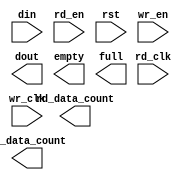
module fifo_xlnx_64x36_2clk(
	din,
	rd_clk,
	rd_en,
	rst,
	wr_clk,
	wr_en,
	dout,
	empty,
	full,
	rd_data_count,
	wr_data_count);


input [35 : 0] din;
input rd_clk;
input rd_en;
input rst;
input wr_clk;
input wr_en;
output [35 : 0] dout;
output empty;
output full;
output [6 : 0] rd_data_count;
output [6 : 0] wr_data_count;

// synthesis translate_off

      FIFO_GENERATOR_V4_3 #(
		.C_COMMON_CLOCK(0),
		.C_COUNT_TYPE(0),
		.C_DATA_COUNT_WIDTH(7),
		.C_DEFAULT_VALUE("BlankString"),
		.C_DIN_WIDTH(36),
		.C_DOUT_RST_VAL("0"),
		.C_DOUT_WIDTH(36),
		.C_ENABLE_RLOCS(0),
		.C_FAMILY("spartan3"),
		.C_FULL_FLAGS_RST_VAL(1),
		.C_HAS_ALMOST_EMPTY(0),
		.C_HAS_ALMOST_FULL(0),
		.C_HAS_BACKUP(0),
		.C_HAS_DATA_COUNT(0),
		.C_HAS_INT_CLK(0),
		.C_HAS_MEMINIT_FILE(0),
		.C_HAS_OVERFLOW(0),
		.C_HAS_RD_DATA_COUNT(1),
		.C_HAS_RD_RST(0),
		.C_HAS_RST(1),
		.C_HAS_SRST(0),
		.C_HAS_UNDERFLOW(0),
		.C_HAS_VALID(0),
		.C_HAS_WR_ACK(0),
		.C_HAS_WR_DATA_COUNT(1),
		.C_HAS_WR_RST(0),
		.C_IMPLEMENTATION_TYPE(2),
		.C_INIT_WR_PNTR_VAL(0),
		.C_MEMORY_TYPE(2),
		.C_MIF_FILE_NAME("BlankString"),
		.C_MSGON_VAL(1),
		.C_OPTIMIZATION_MODE(0),
		.C_OVERFLOW_LOW(0),
		.C_PRELOAD_LATENCY(0),
		.C_PRELOAD_REGS(1),
		.C_PRIM_FIFO_TYPE("512x36"),
		.C_PROG_EMPTY_THRESH_ASSERT_VAL(4),
		.C_PROG_EMPTY_THRESH_NEGATE_VAL(5),
		.C_PROG_EMPTY_TYPE(0),
		.C_PROG_FULL_THRESH_ASSERT_VAL(63),
		.C_PROG_FULL_THRESH_NEGATE_VAL(62),
		.C_PROG_FULL_TYPE(0),
		.C_RD_DATA_COUNT_WIDTH(7),
		.C_RD_DEPTH(64),
		.C_RD_FREQ(1),
		.C_RD_PNTR_WIDTH(6),
		.C_UNDERFLOW_LOW(0),
		.C_USE_DOUT_RST(1),
		.C_USE_ECC(0),
		.C_USE_EMBEDDED_REG(0),
		.C_USE_FIFO16_FLAGS(0),
		.C_USE_FWFT_DATA_COUNT(1),
		.C_VALID_LOW(0),
		.C_WR_ACK_LOW(0),
		.C_WR_DATA_COUNT_WIDTH(7),
		.C_WR_DEPTH(64),
		.C_WR_FREQ(1),
		.C_WR_PNTR_WIDTH(6),
		.C_WR_RESPONSE_LATENCY(1))
	inst (
		.DIN(din),
		.RD_CLK(rd_clk),
		.RD_EN(rd_en),
		.RST(rst),
		.WR_CLK(wr_clk),
		.WR_EN(wr_en),
		.DOUT(dout),
		.EMPTY(empty),
		.FULL(full),
		.RD_DATA_COUNT(rd_data_count),
		.WR_DATA_COUNT(wr_data_count),
		.CLK(),
		.INT_CLK(),
		.BACKUP(),
		.BACKUP_MARKER(),
		.PROG_EMPTY_THRESH(),
		.PROG_EMPTY_THRESH_ASSERT(),
		.PROG_EMPTY_THRESH_NEGATE(),
		.PROG_FULL_THRESH(),
		.PROG_FULL_THRESH_ASSERT(),
		.PROG_FULL_THRESH_NEGATE(),
		.RD_RST(),
		.SRST(),
		.WR_RST(),
		.ALMOST_EMPTY(),
		.ALMOST_FULL(),
		.DATA_COUNT(),
		.OVERFLOW(),
		.PROG_EMPTY(),
		.PROG_FULL(),
		.VALID(),
		.UNDERFLOW(),
		.WR_ACK(),
		.SBITERR(),
		.DBITERR());


// synthesis translate_on

endmodule